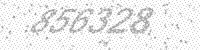
Solution: 856328